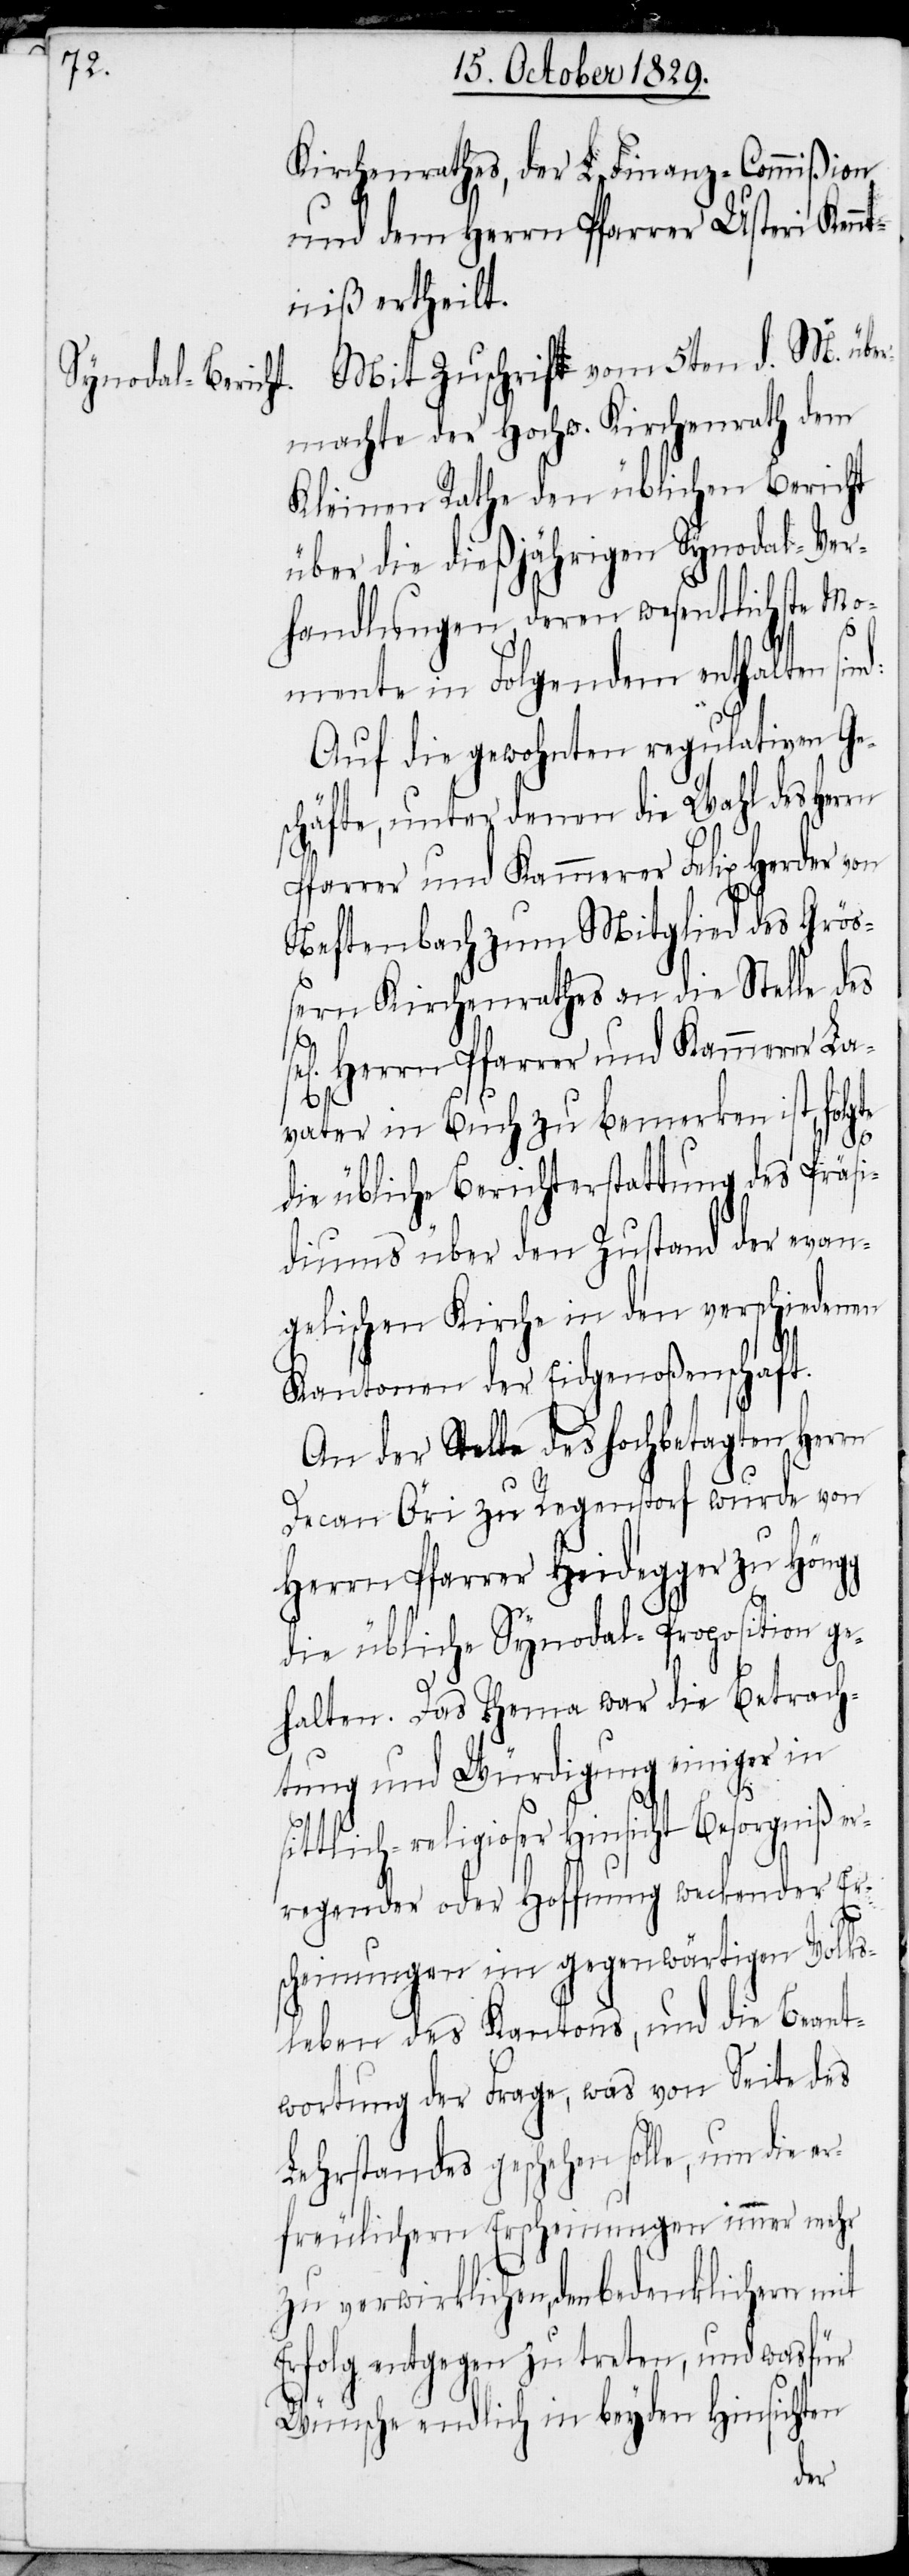
Kirchenrathes, der L. Finanz-Commißion
und dem Herrn Pfarrer Usteri Kenn¬
tniß ertheilt.
Mit Zuschrift vom 5ten d. M. übe¬
rmachte der Hochw. Kirchenrath dem
Kleinen Rathe den üblichen Bericht
über die dießjährigen Synodal-Ver¬
handlungen deren wesentlichste Mo¬
mente in Folgendem enthalten
Auf die gewohnten regulativen Ges¬
chäfte, unter denen die Wahl des Her¬
Pfarrer und Kammerer Felix Herder von
Neftenbach zum Mitglied des Größ¬
ern Kirchenrathes an die Stelle des
Herrn Pfarrer und Kammerer La¬
vater in Buch zu bemerken ist, folgte
die übliche Berichterstattung des Präsi¬
diums über den Zustand der evan¬
gelischen Kirche in den verschiedenen
rn
Kantonen der Eidgenoßenschaft.
An der Stelle des Hochbetagten Herrn
Decan Öri zu Regenstorf wurde von
Herrn Pfarrer Heidegger zu Höngg
die übliche Synodal-Proposition ge¬
halten. Das Thema war die Betrach¬
tung und Würdigung einiger in
sittlich-religioser Hinsicht Besorgniß er¬
regender oder Hoffnung weckender Ers¬
cheinungen im gegenwärtigen Volks¬
leben des Kantons, und die Beant¬
wortung der Frage, was von Seite des
Lehrstandes geschehen solle, um die e¬
rfreulichen Erscheinungen immer mehr
zu verwirklichen, dem bedenklichen mit
Erfolg entgegen zu treten, und wasfür
Wünsche endlich in beyden Hinsichten